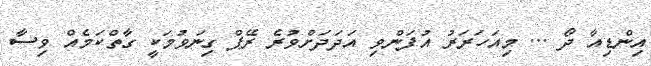
އިންޑިއާ ދޯ ... މިއަހަރަރު އުފަންވި އަދަދަށްވުރެ ރޭޕް ގިނަވުމަކީ ގާތްކަމެއް ވިސާ